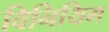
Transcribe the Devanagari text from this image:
विनियिम